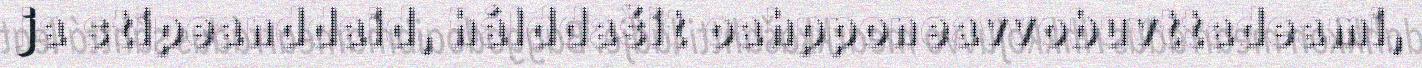
ja stipeanddaid, hálddašit oahpponeavvobuvttadeami,